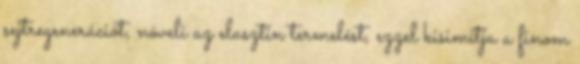
sejtregenerációt, növeli az elasztin termelést, ezzel kisimítja a finom